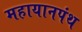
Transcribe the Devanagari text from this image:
महायानपंथ